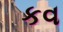
કવ